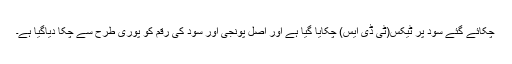
چکائے گئے سود پر ٹیکس(ٹی ڈی ایس) چکایا گیا ہے اور اصل پونجی اور سود کی رقم کو پوری طرح سے چکا دیاگیا ہے۔